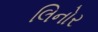
લિનોર